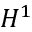
H ^ { 1 }